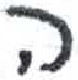
אות: ה